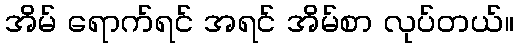
အိမ် ရောက်ရင် အရင် အိမ်စာ လုပ်တယ်။